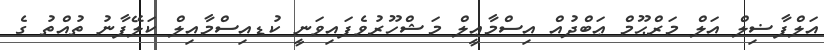
އަލްފާޟިލް އަލް މަރްޙޫމް ޢަބްދުއް އިސްމާޢީލް މަޝްހޫރުވެފައިވަނީ ކުޑއިސްމާއިލް ކަލޭފާނު ތުއްތު ގެ